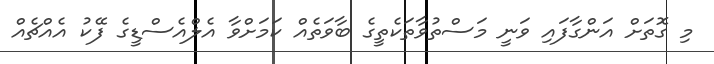
މި ގޮތަށް އަންގާފައި ވަނީ މަސްތުވާތަކެތީގެ ބާވަތެއް ކަމަށްވާ އެލްއެސްޑީގެ ފޭކު އެއްޗެއް